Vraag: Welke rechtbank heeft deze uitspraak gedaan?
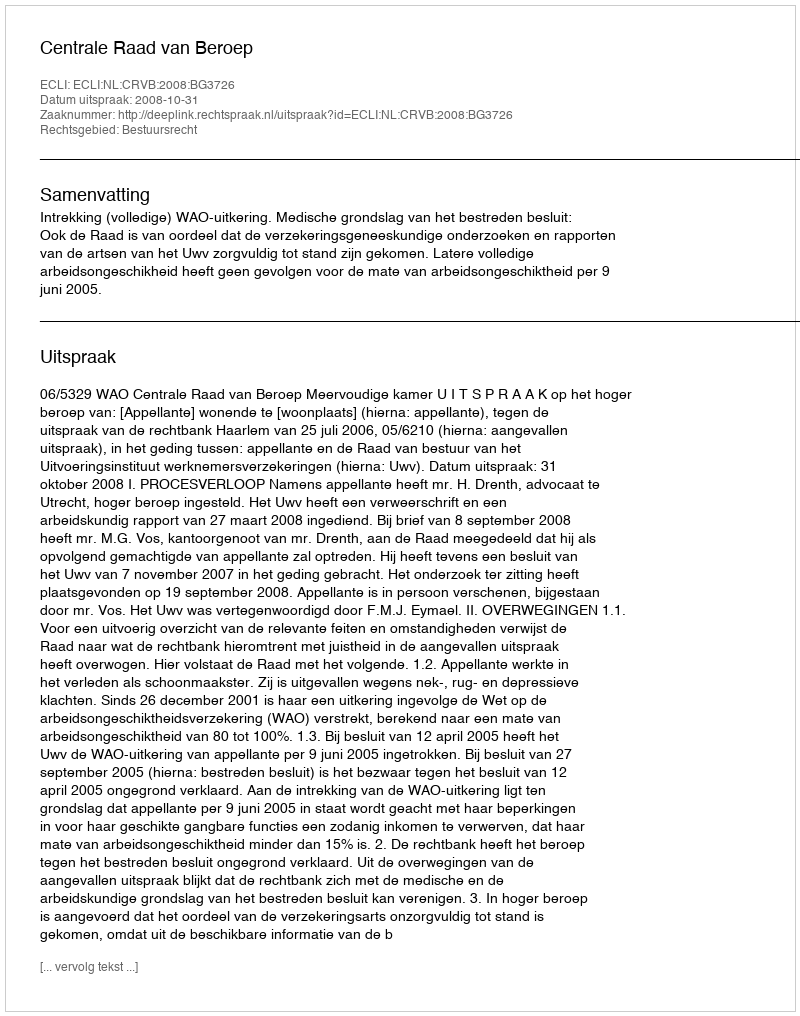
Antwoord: Centrale Raad van Beroep